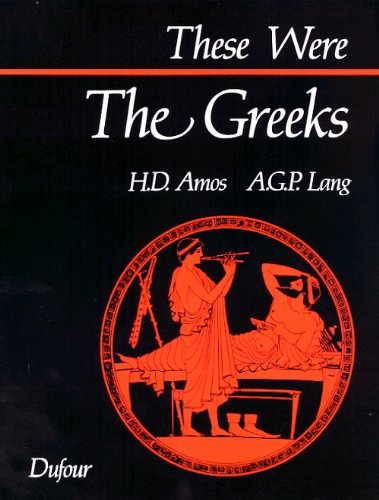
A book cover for These Were the Greeks; Andrew G. P. Lang; History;